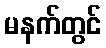
မနက်တွင်